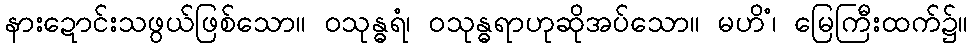
နားဍောင်းသဖွယ်ဖြစ်သော။ ဝသုန္ဓရံ၊ ဝသုန္ဓရာဟုဆိုအပ်သော။ မဟိံ၊ မြေကြီးထက်၌။